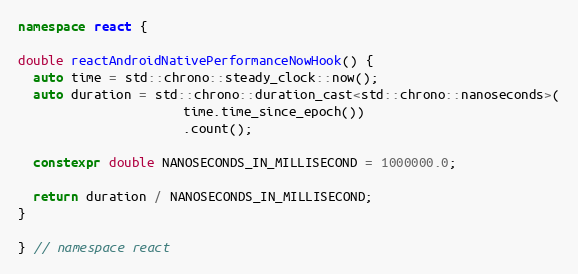
Language: C++
namespace react {

double reactAndroidNativePerformanceNowHook() {
  auto time = std::chrono::steady_clock::now();
  auto duration = std::chrono::duration_cast<std::chrono::nanoseconds>(
                      time.time_since_epoch())
                      .count();

  constexpr double NANOSECONDS_IN_MILLISECOND = 1000000.0;

  return duration / NANOSECONDS_IN_MILLISECOND;
}

} // namespace react